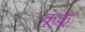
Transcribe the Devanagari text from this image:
कूर्कू